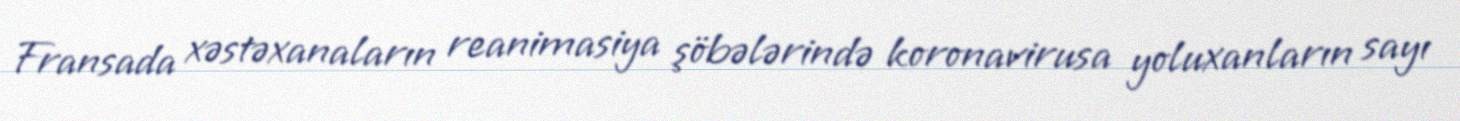
Fransada xəstəxanaların reanimasiya şöbələrində koronavirusa yoluxanların sayı